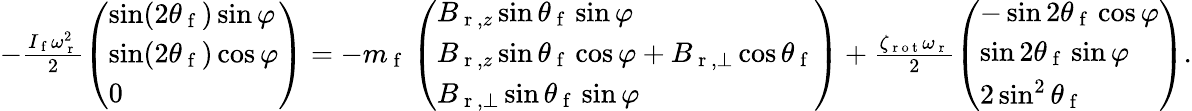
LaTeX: \begin{array}{r}{-\frac{I_{\mathrm{~f~}}\omega_{\mathrm{~r~}}^{2}}{2}\left(\begin{array}{l}{\sin(2\theta_{\mathrm{~f~}})\sin\varphi}\\ {\sin(2\theta_{\mathrm{~f~}})\cos\varphi}\\ {0}\end{array}\right)=-m_{\mathrm{~f~}}\left(\begin{array}{l}{B_{\mathrm{~r~},z}\sin\theta_{\mathrm{~f~}}\sin\varphi}\\ {B_{\mathrm{~r~},z}\sin\theta_{\mathrm{~f~}}\cos\varphi+B_{\mathrm{~r~},\perp}\cos\theta_{\mathrm{~f~}}}\\ {B_{\mathrm{~r~},\perp}\sin\theta_{\mathrm{~f~}}\sin\varphi}\end{array}\right)+\frac{\zeta_{\mathrm{~r~o~t~}}\omega_{\mathrm{~r~}}}{2}\left(\begin{array}{l}{-\sin 2\theta_{\mathrm{~f~}}\cos\varphi}\\ {\sin 2\theta_{\mathrm{~f~}}\sin\varphi}\\ {2\sin^{2}\theta_{\mathrm{~f~}}}\end{array}\right).}\end{array}